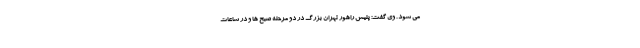
می شود . وی گفت: پلیس راهور تهران بزرگ در دو مرحله صبح ها و در ساعات